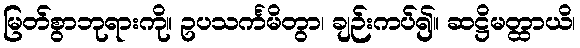
မြတ်စွာဘုရားကို။ ဥပသင်္ကမိတွာ၊ ချဉ်းကပ်၍။ ဆဋ္ဌိမတ္ထာယိ၊